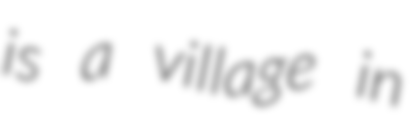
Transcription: is a village in